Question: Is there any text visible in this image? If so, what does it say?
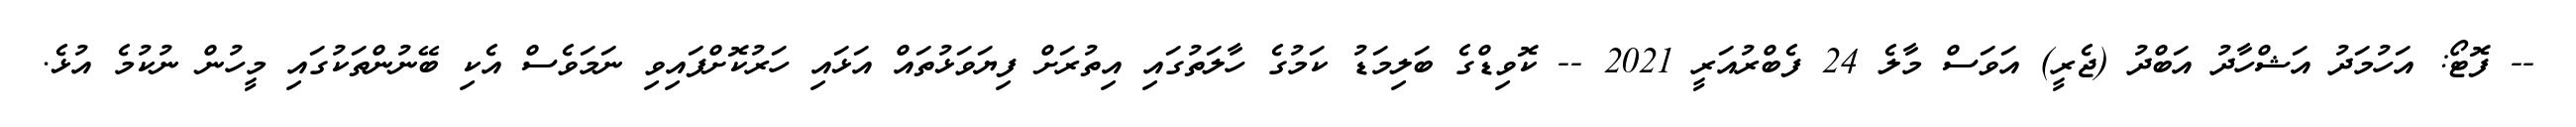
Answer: -- ފޮޓޯ: އަހުމަދު އަޝްހާދު އަބްދު (ޖެރީ) އަވަސް މާލެ 24 ފެބްރުއަރީ 2021 -- ކޮވިޑްގެ ބަލިމަޑު ކަމުގެ ހާލަތުގައި އިތުރަށް ފިޔަވަޅުތައް އަޅައި ހަރުކޮށްފައިވި ނަމަވެސް އެކި ބޭނުންތަކުގައި މީހުން ނުކުމެ އުޅެ.